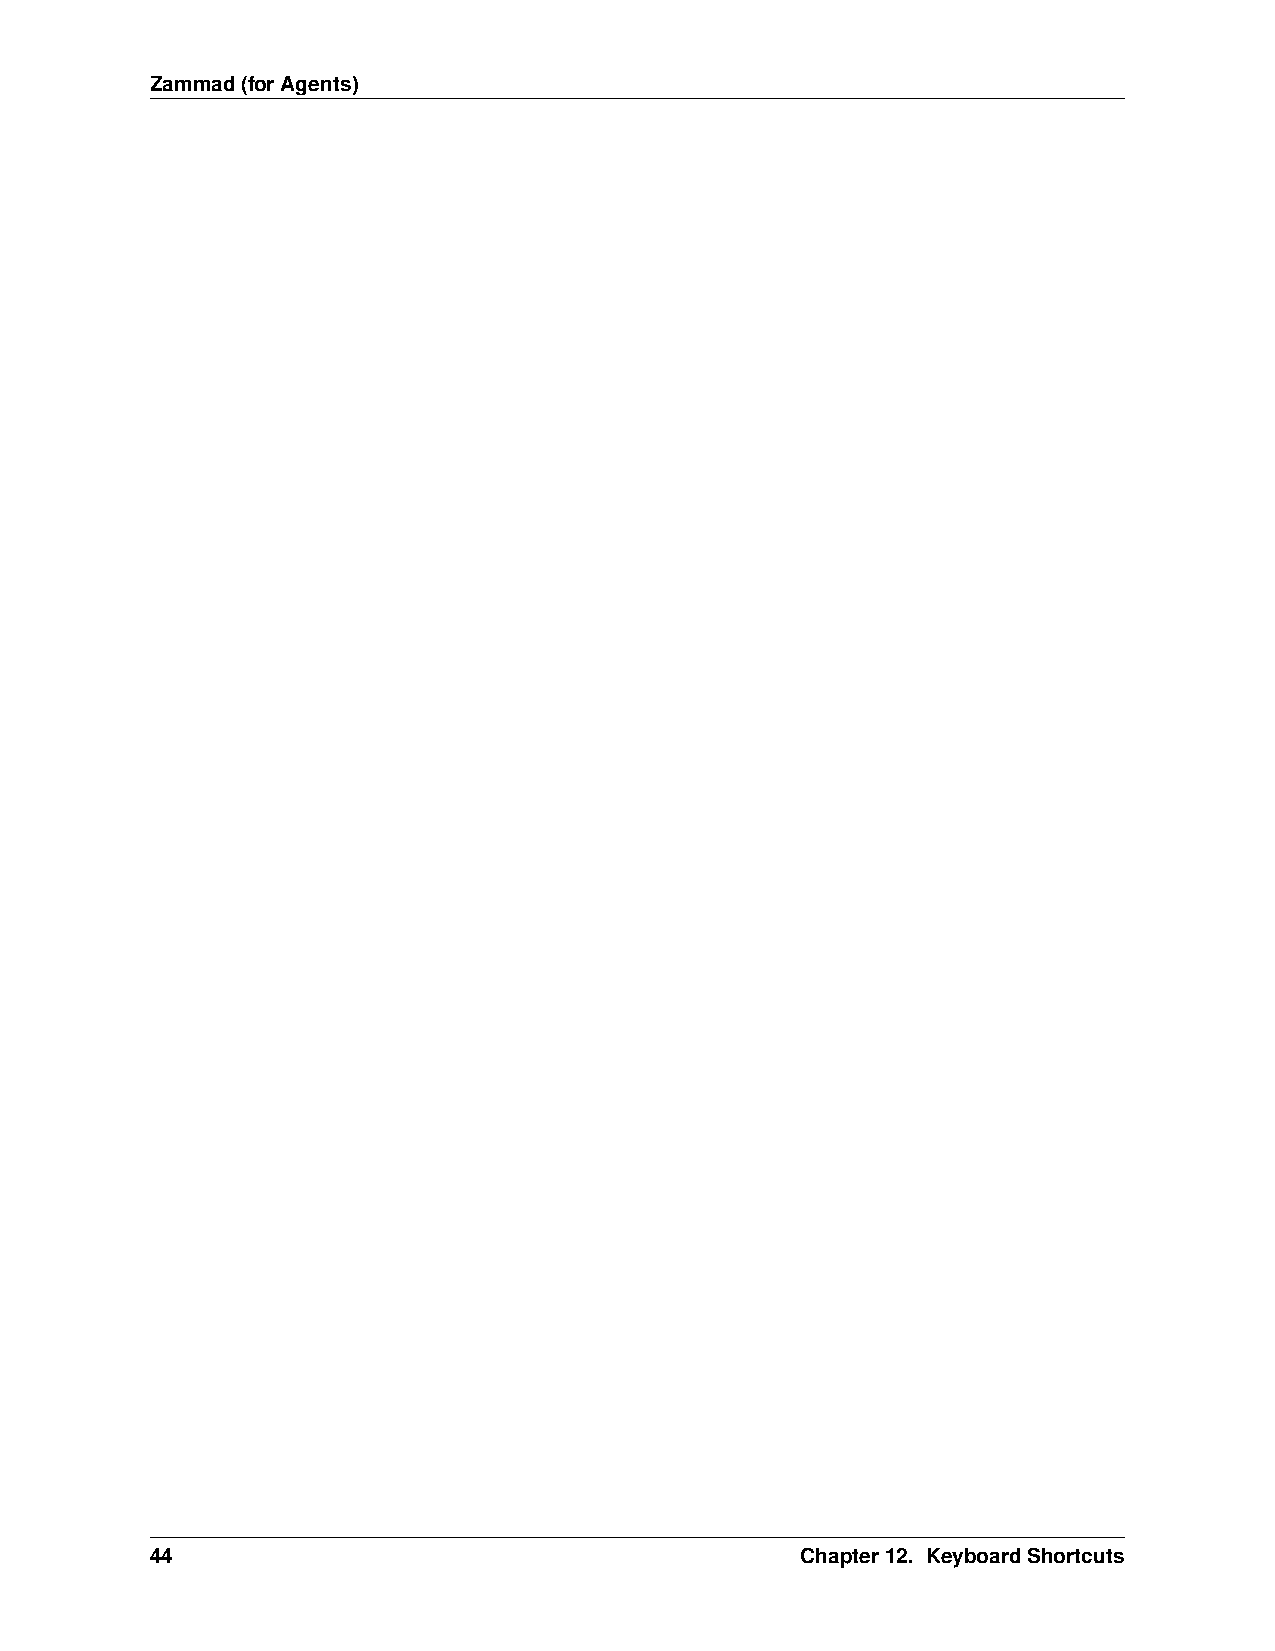
Zammad(forAgents)
 44                                         Chapter12. KeyboardShortcuts